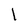
Character: l